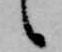
候